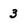
Character: 3